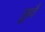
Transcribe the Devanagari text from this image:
छूवै